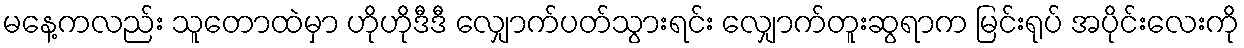
မနေ့ကလည်း သူတောထဲမှာ ဟိုဟိုဒီဒီ လျှောက်ပတ်သွားရင်း လျှောက်တူးဆွရာက မြင်းရုပ် အပိုင်းလေးကို